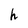
Character: h